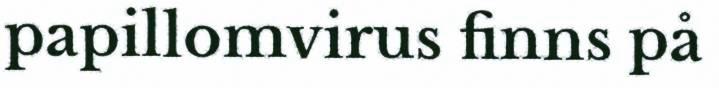
papillomvirus finns på